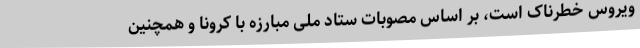
ویروس خطرناک است، بر اساس مصوبات ستاد ملی مبارزه با کرونا و همچنین